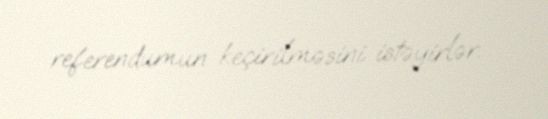
referendumun keçirilməsini istəyirlər.